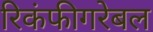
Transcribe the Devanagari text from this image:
रिकंफीगरेबल